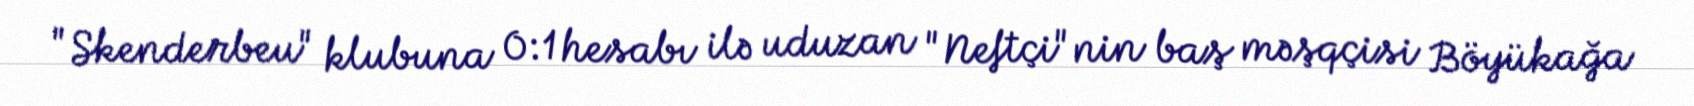
"Skenderbeu" klubuna 0:1 hesabı ilə uduzan "Neftçi"nin baş məşqçisi Böyükağa